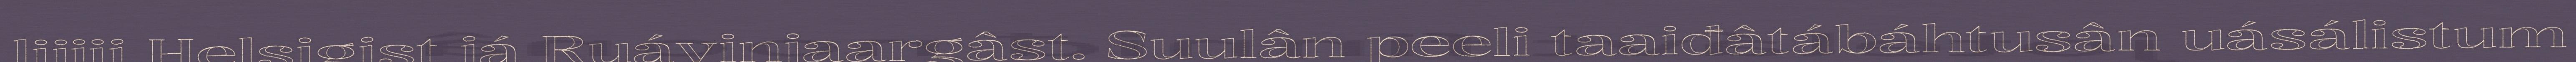
lijjii Helsigist já Ruávinjaargâst. Suulân peeli taaiđâtábáhtusân uásálistum